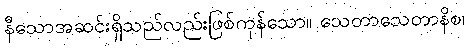
နီသောအဆင်းရှိသည်လည်းဖြစ်ကုန်သော။ သေတာသေတာနိစ၊